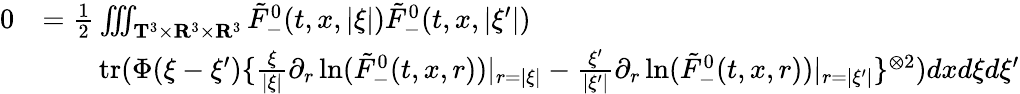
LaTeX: \begin{array}{rl}{0}&{=\frac{1}{2}\iiint_{\mathbf T^{3}\times\mathbf R^{3}\times\mathbf R^{3}}\tilde{F}_{-}^{0}(t,x,|\xi|)\tilde{F}_{-}^{0}(t,x,|\xi^{\prime}|)}\\ &{\quad\quad\mathrm{tr}(\Phi(\xi-\xi^{\prime})\{ \frac{\xi}{|\xi|}\partial_{r}\ln(\tilde{F}_{-}^{0}(t,x,r))|_{r=|\xi|}-\frac{\xi^{\prime}}{|\xi^{\prime}|}\partial_{r}\ln(\tilde{F}_{-}^{0}(t,x,r))|_{r=|\xi^{\prime}|}\} ^{\otimes 2})dxd\xi d\xi^{\prime}}\end{array}